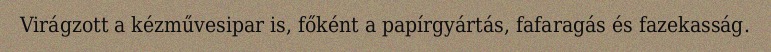
Virágzott a kézművesipar is, főként a papírgyártás, fafaragás és fazekasság.